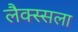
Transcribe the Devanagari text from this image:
लैक्स्सला